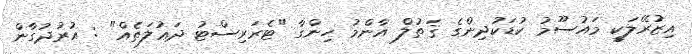
އިޒުރޭލަކީ މައުސޫމު ކުޑަކުދިންގެ ޤަތުލް އާންމު ހިންގާ "ޓެރަރިސްޓު ދަޢުލަތެއް" : އުރުދުގާން